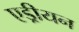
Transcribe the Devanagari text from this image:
एड्रीयन